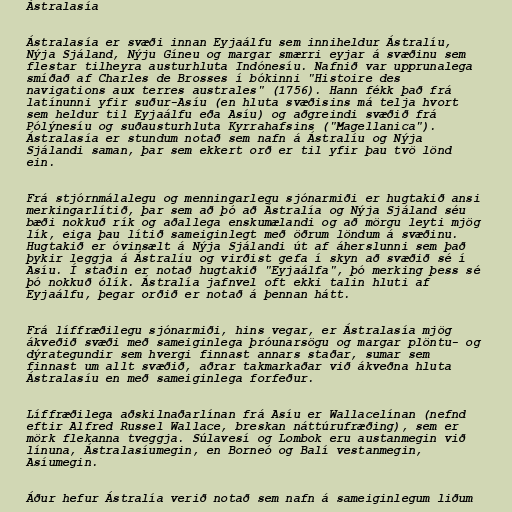
Ástralasía

Ástralasía er svæði innan Eyjaálfu sem inniheldur Ástralíu,
Nýja Sjáland, Nýju Gíneu og margar smærri eyjar á svæðinu sem
flestar tilheyra austurhluta Indónesíu. Nafnið var upprunalega
smíðað af Charles de Brosses í bókinni "Histoire des
navigations aux terres australes" (1756). Hann fékk það frá
latínunni yfir suður-Asíu (en hluta svæðisins má telja hvort
sem heldur til Eyjaálfu eða Asíu) og aðgreindi svæðið frá
Pólýnesíu og suðausturhluta Kyrrahafsins ("Magellanica").
Ástralasía er stundum notað sem nafn á Ástralíu og Nýja
Sjálandi saman, þar sem ekkert orð er til yfir þau tvö lönd
ein.

Frá stjórnmálalegu og menningarlegu sjónarmiði er hugtakið ansi
merkingarlítið, þar sem að þó að Ástralía og Nýja Sjáland séu
bæði nokkuð rík og aðallega enskumælandi og að mörgu leyti mjög
lík, eiga þau lítið sameiginlegt með öðrum löndum á svæðinu.
Hugtakið er óvinsælt á Nýja Sjálandi út af áherslunni sem það
þykir leggja á Ástralíu og virðist gefa í skyn að svæðið sé í
Asíu. Í staðin er notað hugtakið "Eyjaálfa", þó merking þess sé
þó nokkuð ólík. Ástralía jafnvel oft ekki talin hluti af
Eyjaálfu, þegar orðið er notað á þennan hátt.

Frá líffræðilegu sjónarmiði, hins vegar, er Ástralasía mjög
ákveðið svæði með sameiginlega þróunarsögu og margar plöntu- og
dýrategundir sem hvergi finnast annars staðar, sumar sem
finnast um allt svæðið, aðrar takmarkaðar við ákveðna hluta
Ástralasíu en með sameiginlega forfeður.

Líffræðilega aðskilnaðarlínan frá Asíu er Wallacelínan (nefnd
eftir Alfred Russel Wallace, breskan náttúrufræðing), sem er
mörk flekanna tveggja. Súlavesí og Lombok eru austanmegin við
línuna, Ástralasíumegin, en Borneó og Balí vestanmegin,
Asíumegin.

Áður hefur Ástralía verið notað sem nafn á sameiginlegum liðum